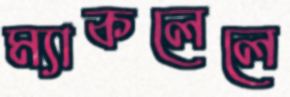
ম্যাকলেলে